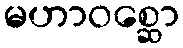
မဟာဝစ္ဆော